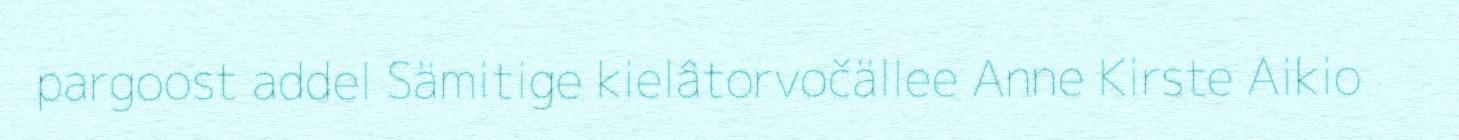
pargoost addel Sämitige kielâtorvočällee Anne Kirste Aikio